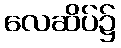
လေဆိပ်၌